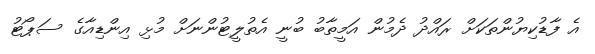
އެ ފާޑުކިޔުންތަކަށް ރައްދު ދެމުން އަމީތާބު ބުނީ އެތުލީޓުންނަށް މުޅި އިންޑިއާގެ ސަޕޯޓު